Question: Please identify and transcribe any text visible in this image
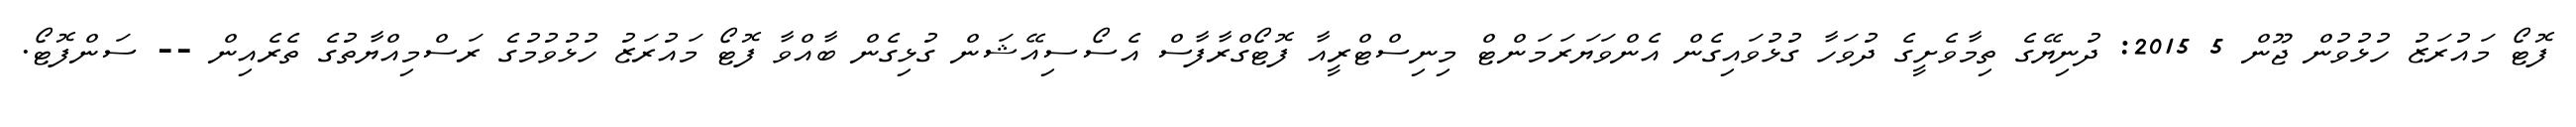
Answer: ފޮޓޯ މައުރަޒު ހުޅުވުން ޖޫން 5 2015: ދުނިޔޭގެ ތިމާވެށީގެ ދުވަހާ ގުޅުވައިގެން އެންވަޔަރަމަންޓް މިނިސްޓްރީއާ ފޮޓޯގްރާފާސް އެސޯސިއޭޝަން ގުޅިގެން ބާއްވާ ފޮޓޯ މައުރަޒު ހުޅުވުމުގެ ރަސްމިއްޔާތުގެ ތެރެއިން -- ސަންފޮޓޯ.